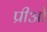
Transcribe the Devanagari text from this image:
प्रीओ